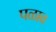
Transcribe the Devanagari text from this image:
पळाव